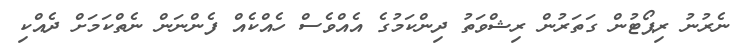
ނެރުނު ރިޕޯޓުން ގަތަރުން ރިޝްވަތު ދިންކަމުގެ އެއްވެސް ހެއްކެއް ފެންނަން ނެތްކަމަށް ދެއްކި